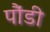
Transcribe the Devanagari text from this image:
पौंडी